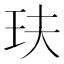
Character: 玞